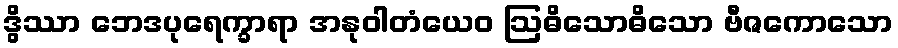
ဒွိဿာ ဘေဒပုရေက္ခာရာ အနုဝါတံယေဝ ဩဓိသောဓိသော ဗီဇကောသော